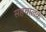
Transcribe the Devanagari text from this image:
सहचालक